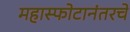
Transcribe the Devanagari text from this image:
महास्फोटानंतरचे